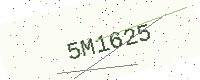
Text: 5M1625